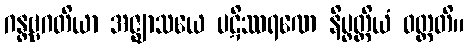
ဂန္တဗ္ဗဂတိယာ အဇ္ဈာသယေ ပဋိဿရဏေ နိပ္ဖတ္တိယံ ဝတ္တတိ။